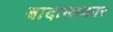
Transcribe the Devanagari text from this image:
बादामाकार